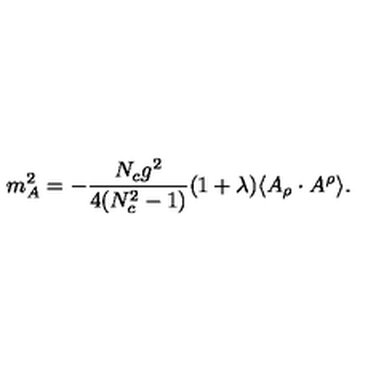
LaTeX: m _ { A } ^ { 2 } = - \frac { N _ { c } g ^ { 2 } } { 4 ( N _ { c } ^ { 2 } - 1 ) } ( 1 + \lambda ) \langle A _ { \rho } \cdot A ^ { \rho } \rangle .